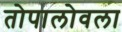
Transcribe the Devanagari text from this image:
तोपालोवला